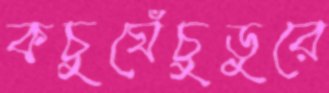
কচুঘেঁচুডুরে